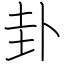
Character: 卦